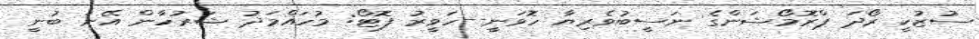
ސުޒުކީ ރޯދަ ޕްރޮމޯޝަންގެ ނަސީބުވެރިޔާ ހޮވަނީ--ހަވީރު ފޮޓޯ: މުހައްމަދު ޝަރުހާން އޭނަ ބުނީ